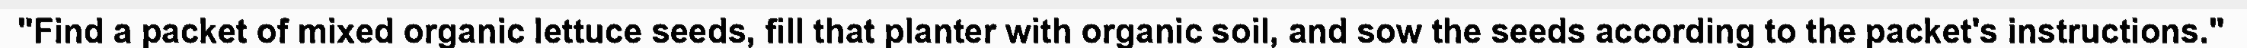
"Find a packet of mixed organic lettuce seeds, fill that planter with organic soil, and sow the seeds according to the packet's instructions."